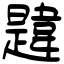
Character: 韙